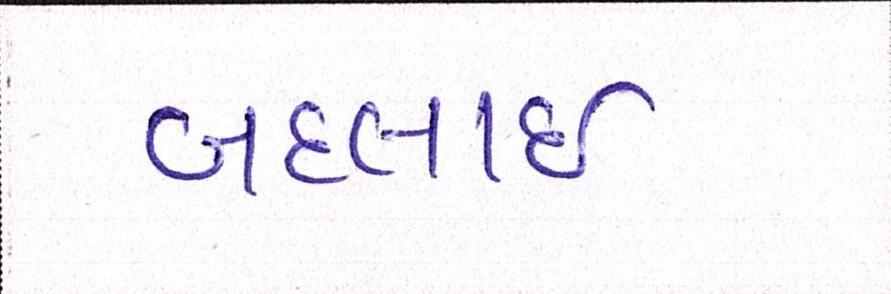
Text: બદલાઈ